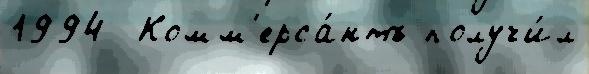
1994  Комм'ерса́нтъ получи́л